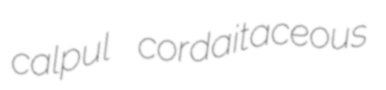
calpul cordaitaceous